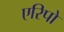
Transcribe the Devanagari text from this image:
एरिपो